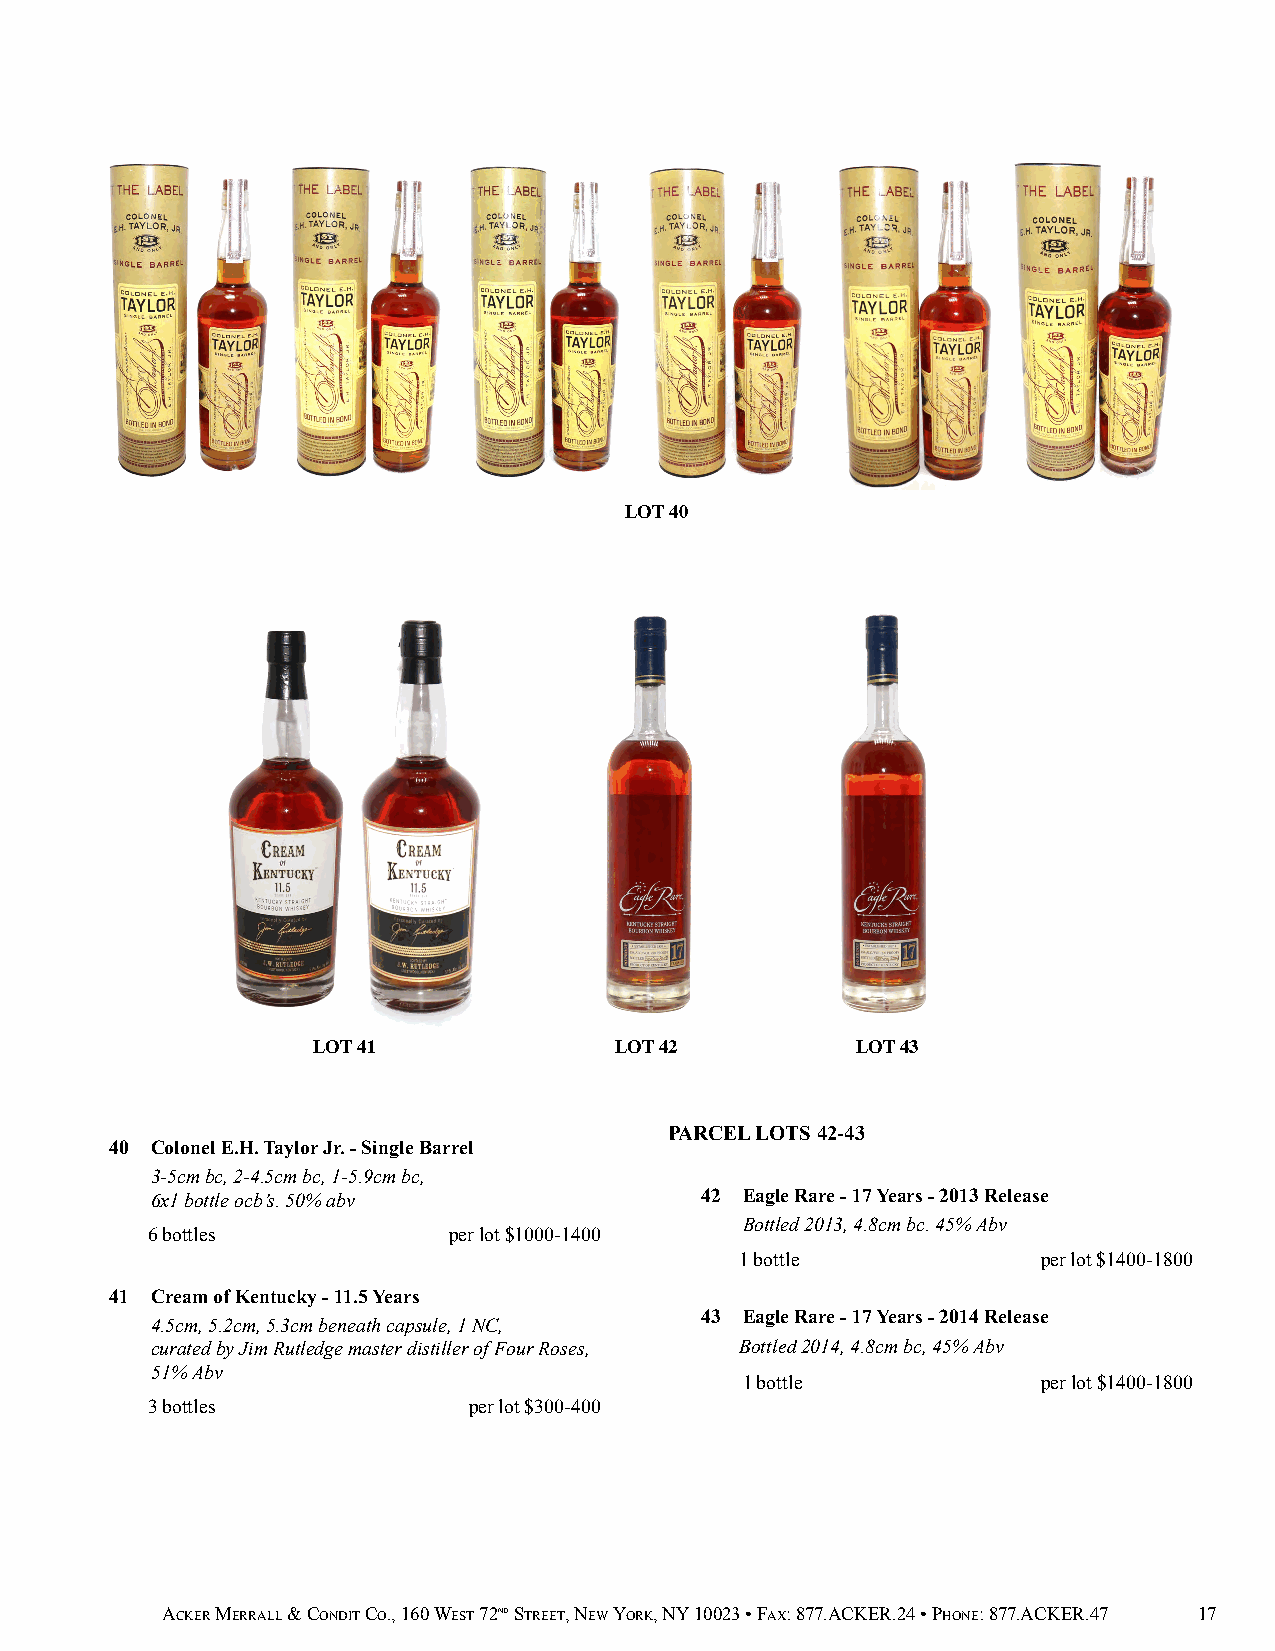
LOT 40
 LOT 41              LOT 42          LOT 43
 PARCEL LOTS 42-43
 40 Colonel E.H. Taylor Jr. - Single Barrel
 3-5cm bc, 2-4.5cm bc, 1-5.9cm bc,
 6x1 bottle ocb’s. 50% abv           42 Eagle Rare - 17 Years - 2013 Release
 6 bottles           per lot $1000-1400
 Bottled 2013, 4.8cm bc. 45% Abv
 1 bottle            per lot $1400-1800
 41 Cream of Kentucky - 11.5 Years
 4.5cm, 5.2cm, 5.3cm beneath capsule, 1 NC,
 43 Eagle Rare - 17 Years - 2014 Release
 curated by Jim Rutledge master distiller of Four Roses, Bottled 2014, 4.8cm bc, 45% Abv
 51% Abv
 1 bottle            per lot $1400-1800
 3 bottles            per lot $300-400
 ACKER MERRALL & CONDIT CO., 160 WEST 72ND STREET, NEW YORK, NY 10023 • FAX: 877.ACKER.24 • PHONE: 877.ACKER.47 17